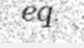
eq.